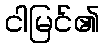
ငါမြင်၏